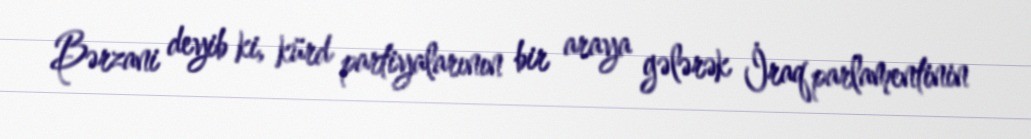
Bərzani deyib ki, kürd partiyalarının bir araya gələrək İraq parlamentinin